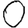
Digit: 0